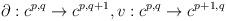
LaTeX: \begin{align*}\begin{aligned}\partial:c^{p, q}\rightarrow c^{p, q+1}, v:c^{p, q}\rightarrow c^{p+1, q}\end{aligned}\end{align*}